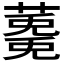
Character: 𮑩